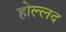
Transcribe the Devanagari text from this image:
होल्लंद